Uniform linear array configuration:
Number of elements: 48
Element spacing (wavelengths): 0.5
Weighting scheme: hann
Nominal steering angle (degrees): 45
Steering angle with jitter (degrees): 45.318
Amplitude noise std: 0.05
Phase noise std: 0.05

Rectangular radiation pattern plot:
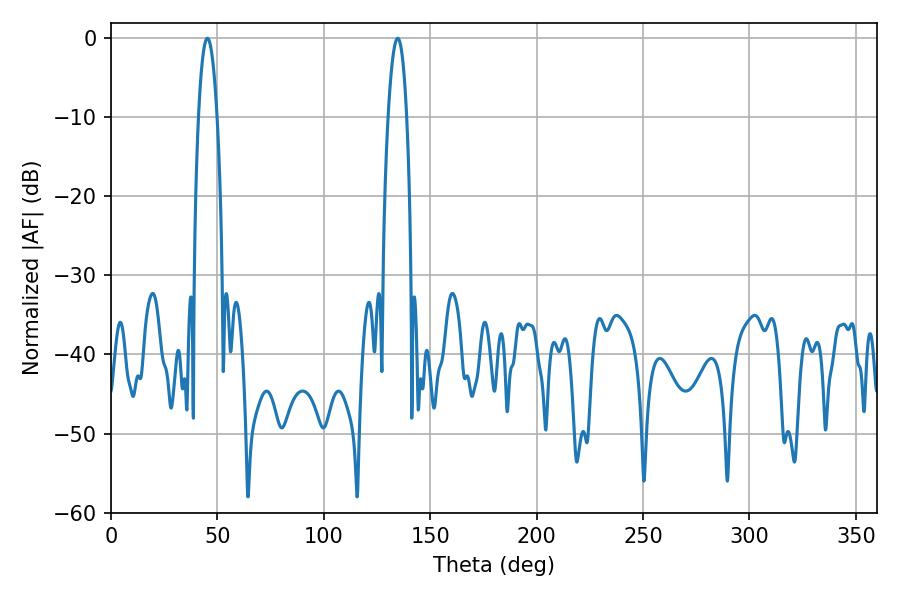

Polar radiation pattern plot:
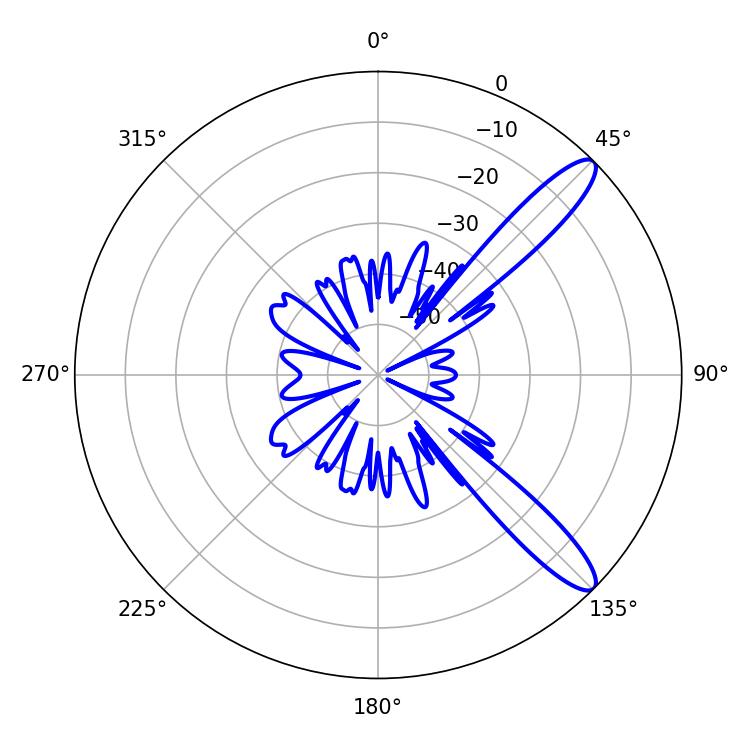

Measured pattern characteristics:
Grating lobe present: FALSE
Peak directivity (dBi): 11.883
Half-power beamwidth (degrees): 4.68
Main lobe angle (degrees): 45.36